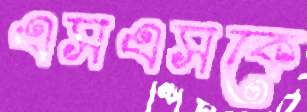
এসএসকে